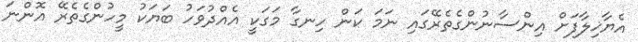
އެޔާޚިލާފަށް އިންސާނުންގެތެރޭގައި ނަމަ ކަން ހިނގާ މަގަކީ އެއްދުވަހު ބަޔަކު މީހުންގެތެރޭ އޮންނަ